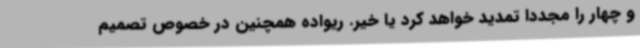
و چهار را مجددا تمدید خواهد کرد یا خیر. ریواده همچنین در خصوص تصمیم